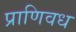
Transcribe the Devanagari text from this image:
प्राणिवध